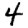
Digit: 4